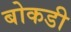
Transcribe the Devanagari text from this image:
बोकडी